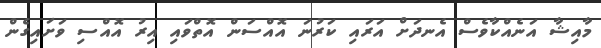
މާއިޝާ އަނެއްކާވެސް އެނދަށް އަރައި ކަރުނަ އޮއްސަން އޮތްވައި އިރު އޮއްސި ވަށައިގެން